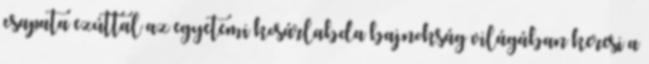
csapata ezúttal az egyetemi kosárlabda bajnokság világában keresi a